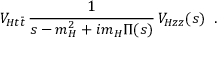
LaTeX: V _ { H t \bar { t } } \, \frac { 1 } { s - m _ { H } ^ { 2 } + i m _ { H } \Pi ( s ) } \, V _ { H z z } ( s ) \; \; .